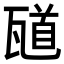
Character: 𪼼